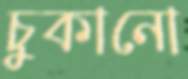
চুকানো